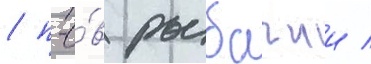
/ п-о́в рыбачии /